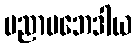
ပညာပဘေဒါယ